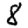
Digit: 8